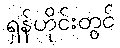
ရှန်ဟိုင်းတွင်